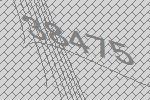
38475